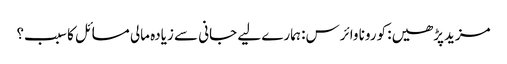
مزیدپڑھیں: کورونا وائرس: ہمارے لیے جانی سے زیادہ مالی مسائل کا سبب؟